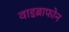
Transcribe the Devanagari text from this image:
वाइब्राफोन